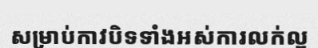
សម្រាប់កាវបិទទាំងអស់ការលក់ល្អ